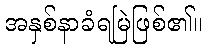
အနှစ်နာခံရမြဲဖြစ်၏။